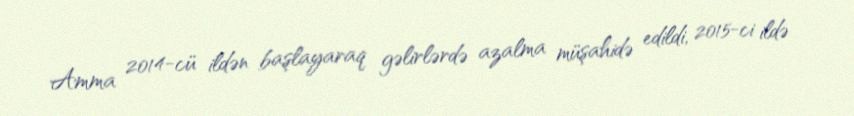
Amma 2014-cü ildən başlayaraq gəlirlərdə azalma müşahidə edildi, 2015-ci ildə